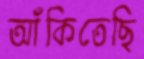
আঁকিতেছি